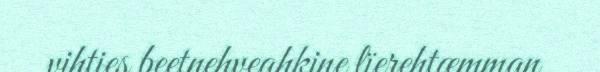
vihties beetnehveahkine lïerehtæmman